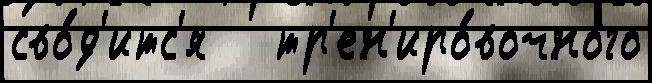
сво́д'итс'я   тр'ен'иро́вочного